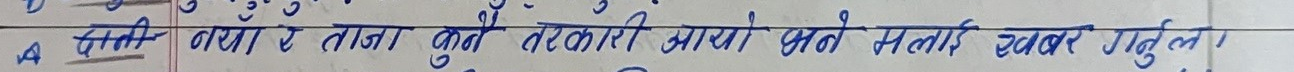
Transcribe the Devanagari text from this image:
४. पानी नया रे ताजा कुनै तरकारी आयो भने मलाई खवर गर्नुला।